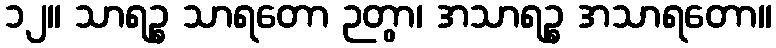
၁၂။ သာရဉ္စ သာရတော ဉတွာ၊ အသာရဉ္စ အသာရတော။